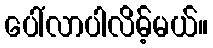
ပေါ်လာပါလိမ့်မယ်။